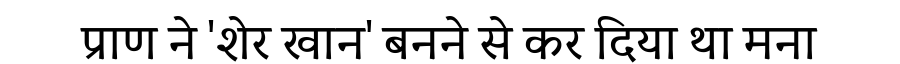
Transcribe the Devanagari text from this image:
प्राण ने 'शेर खान' बनने से कर दिया था मना